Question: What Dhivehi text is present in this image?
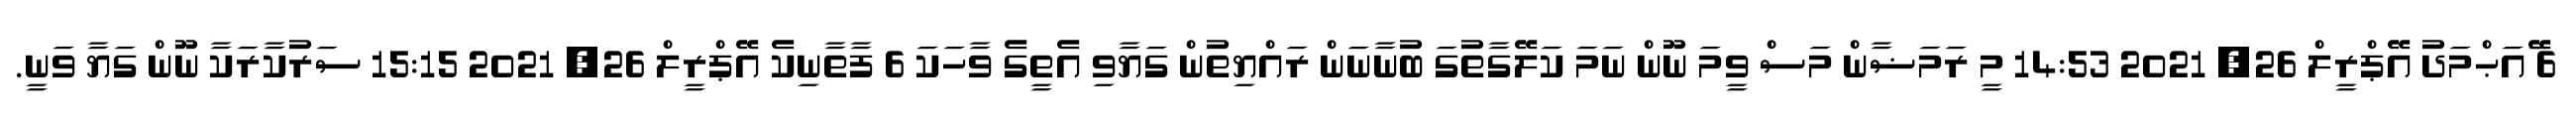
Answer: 6 ޭައަޙްމަދު އޭޕްރީލް 26, 2021 14:53 މީ ރަމަޟާން މަސް ވީމަ ނޫން ނަމަ ކަލޭގާތުގަ ބުނާނަން ރައްޔިތުން ގަޔާވި އެތީގެ ވާހަކަ 6 ފާތާނިކެ އޭޕްރީލް 26, 2021 15:15 ސަރުކާރަކާ ނޫން ގަޔާ ވަނީ.